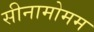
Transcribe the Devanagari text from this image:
सीनामोमम